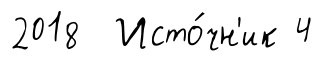
2018 Исто́чн'ик 4